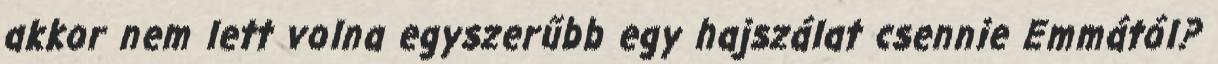
akkor nem lett volna egyszerűbb egy hajszálat csennie Emmától?